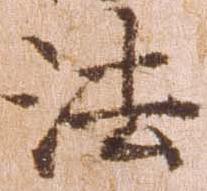
法